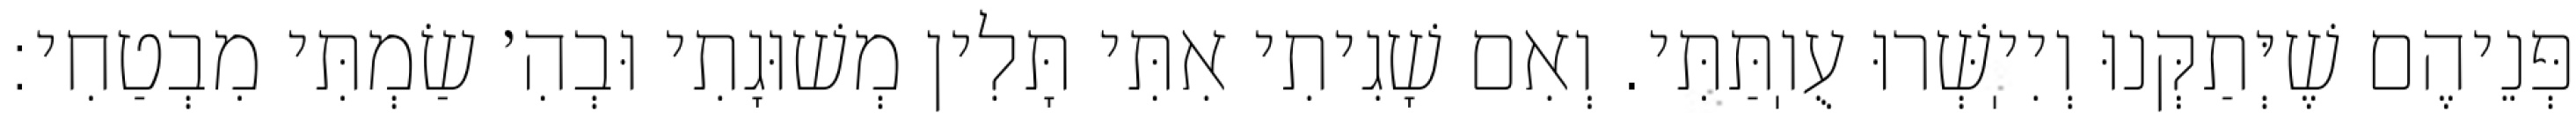
פְּנֵיהֶם שֶׁיְּתַקְּנוּ וְיִיֽשְּׁרוּ עֻוֽתַּתִּי. וְאִם שָׁגִיתִי אִתִּי תָּלִין מְשׁוּגָתִי וּבְהִ׳ שַׂמְתִּי מִבְטַחִי: